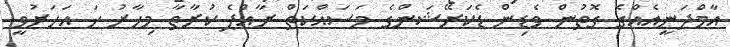
އާމްދަނީއެއްގެ ގޮތުން ވެޑިން ޑެކަރޭޝަންގެ މަސައްކަތް ރާއްޕެ ކުރާތާ މިހާރު ހަ އަހަރުވީ